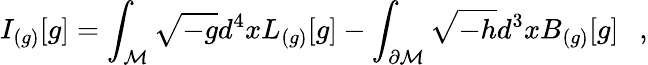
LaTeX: I_{(g)}[g]=\int_{\cal M}\sqrt{-g}d^{4}xL_{(g)}[g]-\int_{\partial{\cal M}}\sqrt{-h}d^{3}xB_{(g)}[g]~~~,